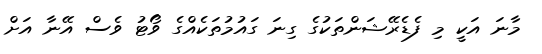
މާނަ އަކީ މި ފެޑެރޭޝަންތަކުގެ ގިނަ ގައުމުތަކެއްގެ ވޯޓު ވެސް އޭނާ އަށް